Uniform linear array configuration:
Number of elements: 8
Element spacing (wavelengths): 0.25
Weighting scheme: blackman
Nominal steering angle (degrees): -60
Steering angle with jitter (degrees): -61.092
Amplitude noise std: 0.05
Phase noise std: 0.05

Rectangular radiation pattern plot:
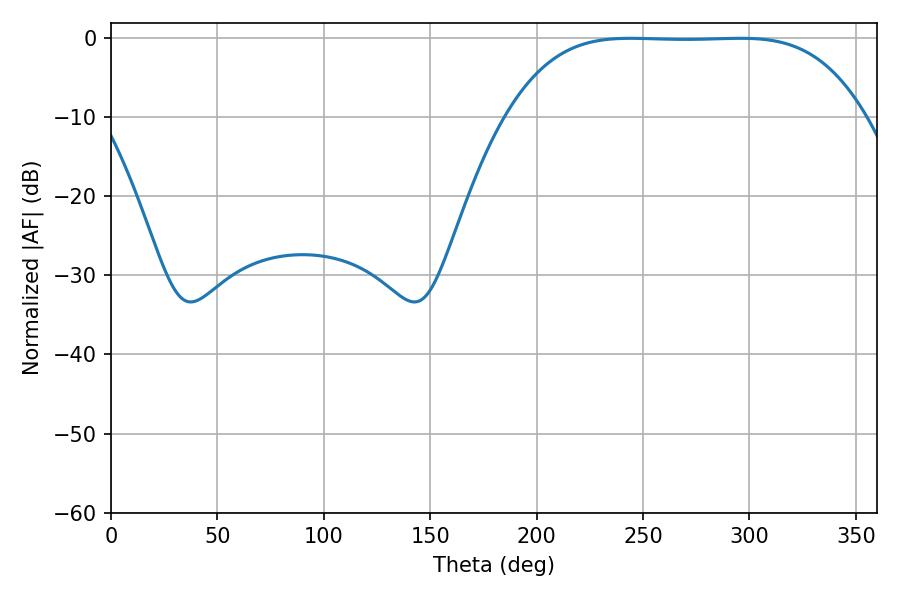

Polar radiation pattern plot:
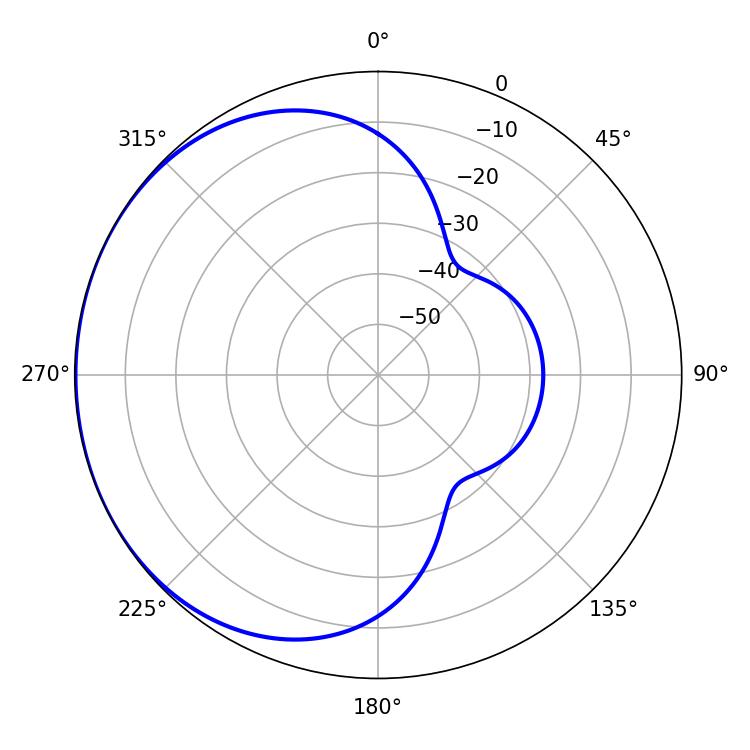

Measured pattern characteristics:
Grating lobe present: FALSE
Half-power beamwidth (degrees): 127.8
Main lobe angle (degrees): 244.26